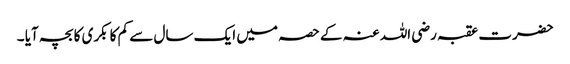
حضرت عقبہ رضی اللہ عنہ کے حصہ میں ایک سال سے کم کا بکری کا بچہ آیا ۔